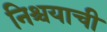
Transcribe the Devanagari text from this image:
निश्चयाची